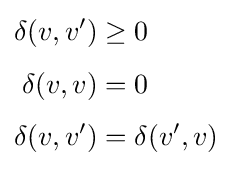
{\begin{aligned}\delta (v,v')&\geq 0\\[4pt]\delta (v,v)&=0\\[4pt]\delta (v,v')&=\delta (v',v)\end{aligned}}